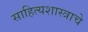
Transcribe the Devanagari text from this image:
साहित्यशास्त्राचे